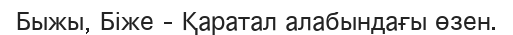
Быжы, Біже – Қаратал алабындағы өзен.